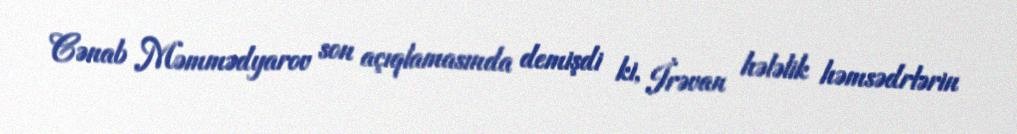
Cənab Məmmədyarov son açıqlamasında demişdi ki, İrəvan hələlik həmsədrlərin